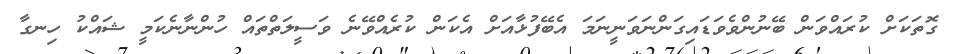
ގޮތަކަށް ކުރައްވަން ބޭނުންވެވަޑައިގަންނަވަނީނަމަ އެބޭފުޅާއަށް އެކަން ކުރެއްވޭނެ ވަސީލަތްތައް ހުންނާނެކަމީ ޝައްކު ހިނގާ